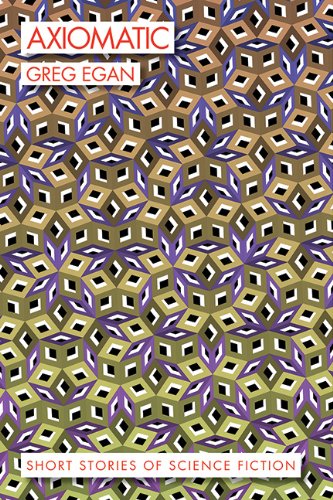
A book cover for Axiomatic: Short Stories of Science Fiction; Greg Egan; Science Fiction & Fantasy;